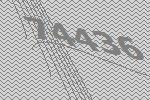
74436